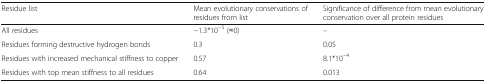
<table><thead><tr><td><b>Residue list</b></td><td><b>Mean evolutionary conservations of residues from list</b></td><td><b>Significance of difference from mean evolutionary conservation over all protein residues</b></td></tr></thead><tbody><tr><td>All residues</td><td>−1.3*10<sup>−5</sup> (≈0)</td><td>–</td></tr><tr><td>Residues forming destructive hydrogen bonds</td><td>0.3</td><td>0.05</td></tr><tr><td>Residues with increased mechanical stiffness to copper</td><td>0.57</td><td>8.1*10<sup>−4</sup></td></tr><tr><td>Residues with top mean stiffness to all residues</td><td>0.64</td><td>0.013</td></tr></tbody></table>